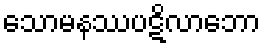
သောမနဿပဋိလာဘော